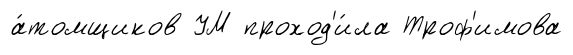
а́томщиков УМ проход'и́ла Троф'имова